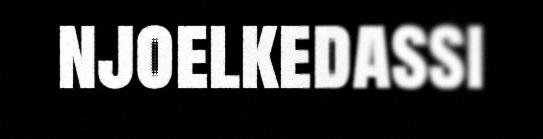
njoelkedassi